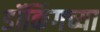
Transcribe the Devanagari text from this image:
डॉकिंगच्या